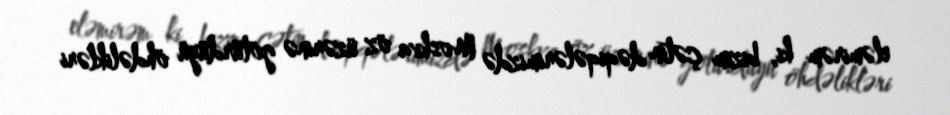
eləmirəm ki, bizim çətin dəqiqələrimizdə Moskva öz üzərinə götürdüyü öhdəlikləri